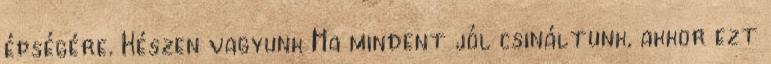
épségére. Készen vagyunk Ha mindent jól csináltunk, akkor ezt